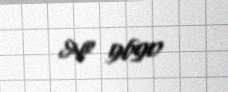
№ 9690